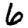
Digit: 6